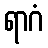
ရာဂံ